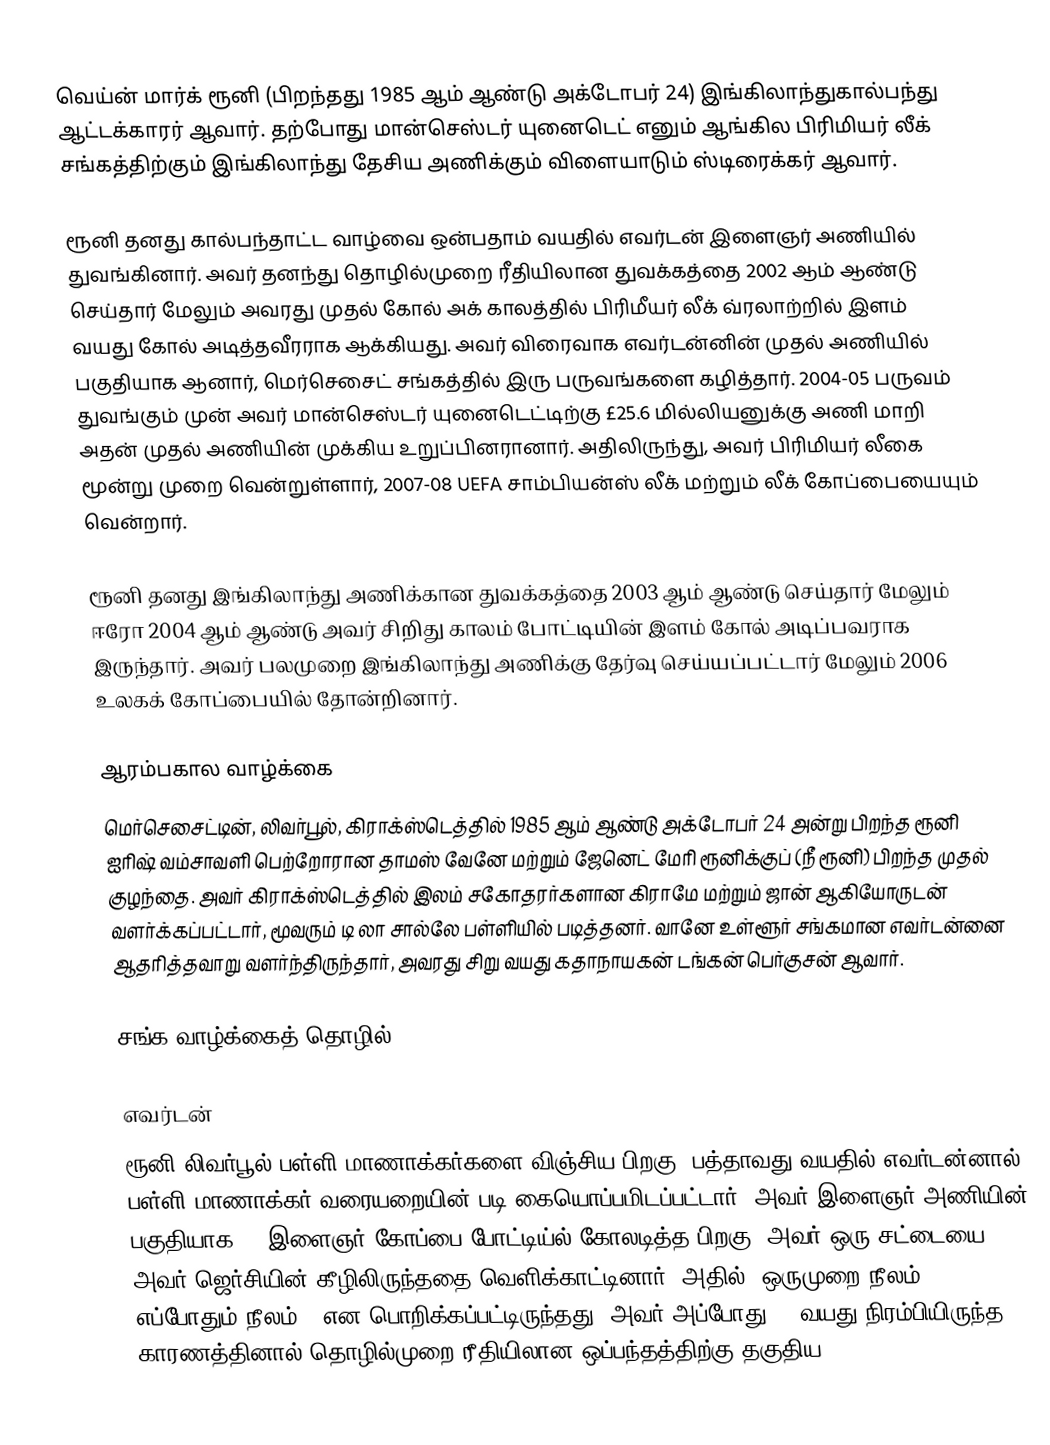
வெய்ன் மார்க் ரூனி (பிறந்தது 1985 ஆம் ஆண்டு அக்டோபர் 24) இங்கிலாந்துகால்பந்து ஆட்டக்காரர் ஆவார். தற்போது மான்செஸ்டர் யுனைடெட் எனும் ஆங்கில பிரிமியர் லீக் சங்கத்திற்கும் இங்கிலாந்து தேசிய அணிக்கும் விளையாடும் ஸ்டிரைக்கர் ஆவார்.

ரூனி தனது கால்பந்தாட்ட வாழ்வை ஒன்பதாம் வயதில் எவர்டன் இளைஞர் அணியில் துவங்கினார். அவர் தனந்து தொழில்முறை ரீதியிலான துவக்கத்தை 2002 ஆம் ஆண்டு செய்தார் மேலும் அவரது முதல் கோல் அக் காலத்தில் பிரிமீயர் லீக் வ்ரலாற்றில் இளம் வயது கோல் அடித்தவீரராக ஆக்கியது. அவர் விரைவாக எவர்டன்னின் முதல் அணியில் பகுதியாக ஆனார், மெர்செசைட் சங்கத்தில் இரு பருவங்களை கழித்தார். 2004-05 பருவம் துவங்கும் முன் அவர் மான்செஸ்டர் யுனைடெட்டிற்கு £25.6 மில்லியனுக்கு அணி மாறி அதன் முதல் அணியின் முக்கிய உறுப்பினரானார். அதிலிருந்து, அவர் பிரிமியர் லீகை மூன்று முறை வென்றுள்ளார், 2007-08 UEFA சாம்பியன்ஸ் லீக் மற்றும் லீக் கோப்பையையும் வென்றார்.

ரூனி தனது இங்கிலாந்து அணிக்கான துவக்கத்தை 2003 ஆம் ஆண்டு செய்தார் மேலும் ஈரோ 2004 ஆம் ஆண்டு அவர் சிறிது காலம் போட்டியின் இளம் கோல் அடிப்பவராக இருந்தார். அவர் பலமுறை இங்கிலாந்து அணிக்கு தேர்வு செய்யப்பட்டார் மேலும் 2006 உலகக் கோப்பையில் தோன்றினார்.

ஆரம்பகால வாழ்க்கை
மெர்செசைட்டின், லிவர்பூல், கிராக்ஸ்டெத்தில் 1985 ஆம் ஆண்டு அக்டோபர் 24 அன்று பிறந்த ரூனி ஐரிஷ்  வம்சாவளி பெற்றோரான தாமஸ் வேனே மற்றும் ஜேனெட் மேரி ரூனிக்குப் (நீ ரூனி) பிறந்த முதல் குழந்தை. அவர் கிராக்ஸ்டெத்தில் இலம் சகோதரர்களான கிராமே மற்றும் ஜான் ஆகியோருடன் வளர்க்கப்பட்டார், மூவரும் டி லா சால்லே பள்ளியில் படித்தனர். வானே உள்ளூர் சங்கமான எவர்டன்னை ஆதரித்தவாறு வளர்ந்திருந்தார், அவரது சிறு வயது கதாநாயகன் டங்கன் பெர்குசன் ஆவார்.

சங்க வாழ்க்கைத் தொழில்

எவர்டன்
ரூனி லிவர்பூல் பள்ளி மாணாக்கர்களை விஞ்சிய பிறகு, பத்தாவது வயதில் எவர்டன்னால் பள்ளி மாணாக்கர் வரையறையின் படி கையொப்பமிடப்பட்டார். அவர் இளைஞர் அணியின் பகுதியாக FA இளைஞர் கோப்பை போட்டிய்ல் கோலடித்த பிறகு, அவர் ஒரு சட்டையை அவர் ஜெர்சியின் கீழிலிருந்ததை வெளிக்காட்டினார், அதில் "ஒருமுறை நீலம், எப்போதும் நீலம் " என பொறிக்கப்பட்டிருந்தது. அவர் அப்போது 17 வயது நிரம்பியிருந்த காரணத்தினால் தொழில்முறை ரீதியிலான ஒப்பந்தத்திற்கு தகுதிய